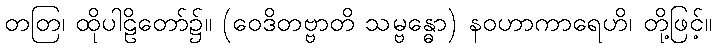
တတြ၊ ထိုပါဠိတော်၌။ (ဝေဒိတဗ္ဗာတိ သမ္ဗန္ဓော) နဝဟာကာရေဟိ၊ တို့ဖြင့်။